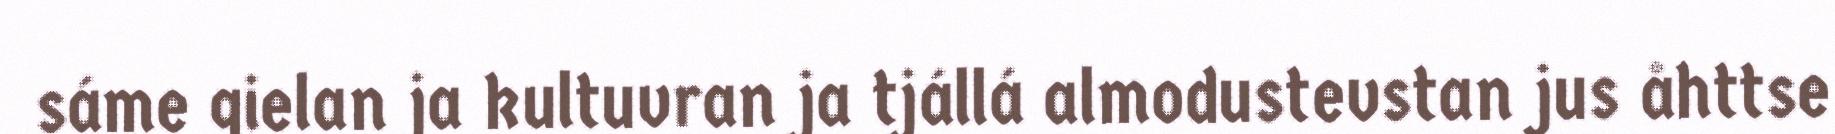
sáme gielan ja kultuvran ja tjállá almodustevstan jus åhttse